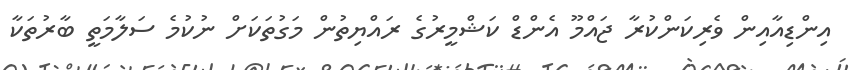
އިންޑިއާއިން ވެރިކަންކުރާ ޖައްމޫ އެންޑް ކަޝްމީރުގެ ރައްޔިތުން މަގުތަކަށް ނުކުމެ ސަލާމަތީ ބާރުތަކާ